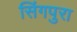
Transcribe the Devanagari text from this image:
सिंगपुरा